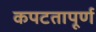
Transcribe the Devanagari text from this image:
कपटतापूर्ण